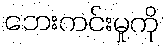
ဘေးကင်းမှုကို